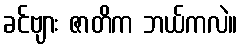
ခင်ဗျား ဇာတိက ဘယ်ကလဲ။